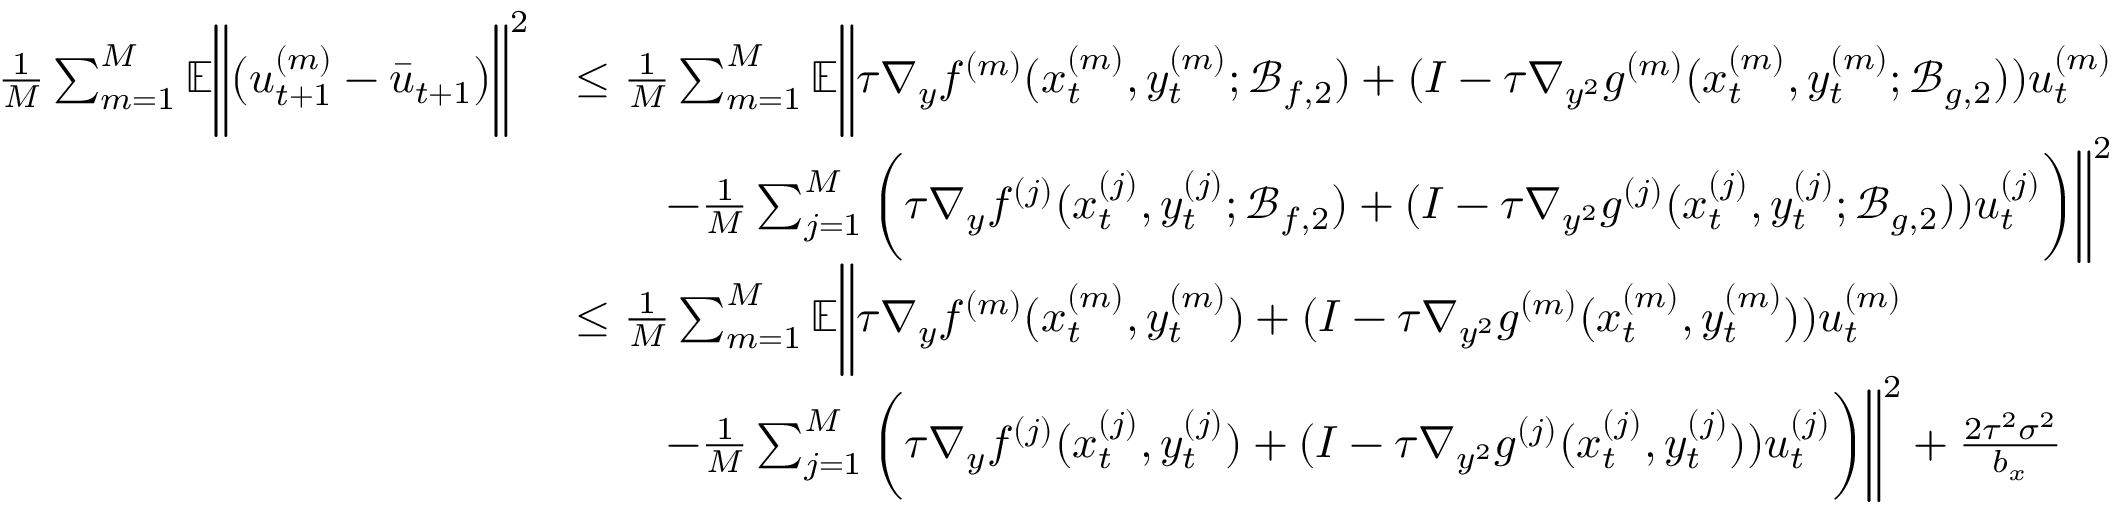
\begin{array} { r l } { \frac { 1 } { M } \sum _ { m = 1 } ^ { M } \mathbb { E } \bigg \| \big ( u _ { t + 1 } ^ { ( m ) } - \bar { u } _ { t + 1 } \big ) \bigg \| ^ { 2 } } & { \leq \frac { 1 } { M } \sum _ { m = 1 } ^ { M } \mathbb { E } \bigg \| \tau \nabla _ { y } f ^ { ( m ) } ( x _ { t } ^ { ( m ) } , y _ { t } ^ { ( m ) } ; \mathcal { B } _ { f , 2 } ) + ( I - \tau \nabla _ { y ^ { 2 } } g ^ { ( m ) } ( x _ { t } ^ { ( m ) } , y _ { t } ^ { ( m ) } ; \mathcal { B } _ { g , 2 } ) ) u _ { t } ^ { ( m ) } } \\ & { \qquad - \frac { 1 } { M } \sum _ { j = 1 } ^ { M } \bigg ( \tau \nabla _ { y } f ^ { ( j ) } ( x _ { t } ^ { ( j ) } , y _ { t } ^ { ( j ) } ; \mathcal { B } _ { f , 2 } ) + ( I - \tau \nabla _ { y ^ { 2 } } g ^ { ( j ) } ( x _ { t } ^ { ( j ) } , y _ { t } ^ { ( j ) } ; \mathcal { B } _ { g , 2 } ) ) u _ { t } ^ { ( j ) } \bigg ) \bigg \| ^ { 2 } } \\ & { \leq \frac { 1 } { M } \sum _ { m = 1 } ^ { M } \mathbb { E } \bigg \| \tau \nabla _ { y } f ^ { ( m ) } ( x _ { t } ^ { ( m ) } , y _ { t } ^ { ( m ) } ) + ( I - \tau \nabla _ { y ^ { 2 } } g ^ { ( m ) } ( x _ { t } ^ { ( m ) } , y _ { t } ^ { ( m ) } ) ) u _ { t } ^ { ( m ) } } \\ & { \qquad - \frac { 1 } { M } \sum _ { j = 1 } ^ { M } \bigg ( \tau \nabla _ { y } f ^ { ( j ) } ( x _ { t } ^ { ( j ) } , y _ { t } ^ { ( j ) } ) + ( I - \tau \nabla _ { y ^ { 2 } } g ^ { ( j ) } ( x _ { t } ^ { ( j ) } , y _ { t } ^ { ( j ) } ) ) u _ { t } ^ { ( j ) } \bigg ) \bigg \| ^ { 2 } + \frac { 2 \tau ^ { 2 } \sigma ^ { 2 } } { b _ { x } } } \end{array}